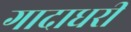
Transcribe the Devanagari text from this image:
गादाधरी